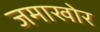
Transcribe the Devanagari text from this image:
जमाखोर